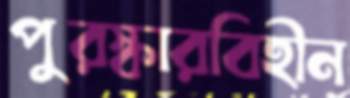
পুরস্কারবিহীন